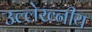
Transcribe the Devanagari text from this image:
उल्लेख्नीय